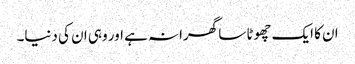
ان کا ایک چھوٹا سا گھرانہ ہے اور وہی ان کی دنیا۔